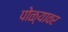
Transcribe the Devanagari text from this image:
पोळ्यावर